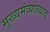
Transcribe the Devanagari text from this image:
मुख्यमंत्र्यांच्याच